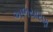
અભયારણ